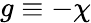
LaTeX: g\equiv-\chi